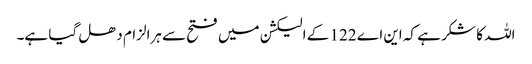
اللہ کا شکر ہے کہ این اے 122 کے الیکشن میں فتح سے ہرالزام دھل گیا ہے۔